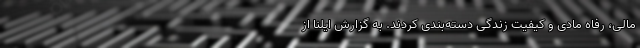
مالی، رفاه مادی و کیفیت زندگی دسته‌بندی کردند. به گزارش ایلنا از